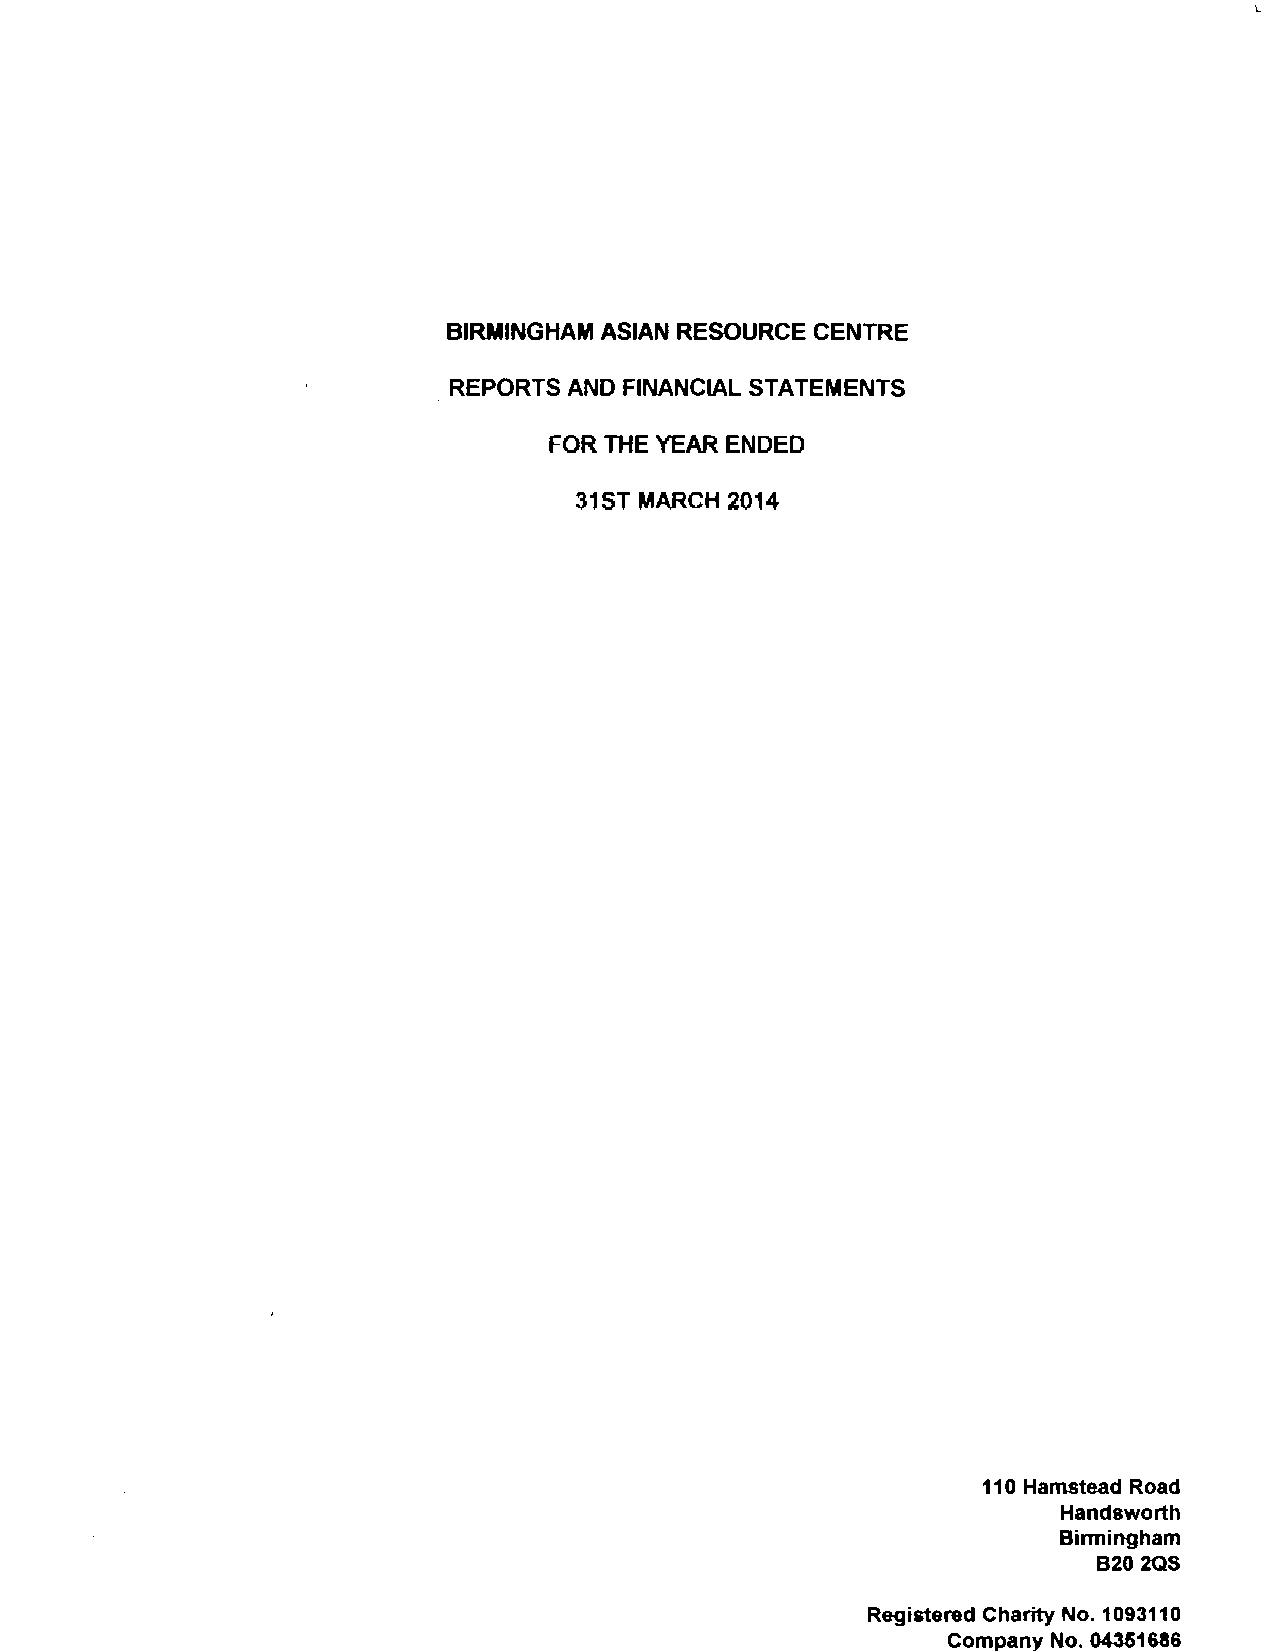
BIRMINGHAM ASIAN RESOURCE CENTRE
 REPORTS AND FINANCIAL STATEMENTS
 FOR THE YEAR ENDED
 31STMARCH 2014
 110Hamstead Road
 Handsworth
 Birmingham
 B202QS
 Registered Charity No. 1093110
 Company No. 04361686